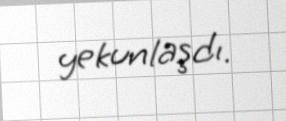
yekunlaşdı.